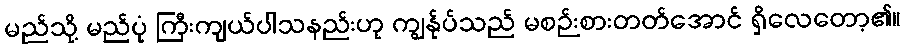
မည်သို့ မည်ပုံ ကြီးကျယ်ပါသနည်းဟု ကျွန်ုပ်သည် မစဉ်းစားတတ်အောင် ရှိလေတော့၏။